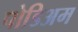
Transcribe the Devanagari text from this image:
पोडिअम